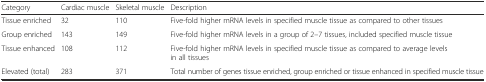
<table><thead><tr><td><b>Category</b></td><td><b>Cardiac muscle</b></td><td><b>Skeletal muscle</b></td><td><b>Description</b></td></tr></thead><tbody><tr><td>Tissue enriched</td><td>32</td><td>110</td><td>Five-fold higher mRNA levels in specified muscle tissue as compared to other tissues</td></tr><tr><td>Group enriched</td><td>143</td><td>149</td><td>Five-fold higher mRNA levels in a group of 2–7 tissues, included specified muscle tissue</td></tr><tr><td>Tissue enhanced</td><td>108</td><td>112</td><td>Five-fold higher mRNA levels in specified muscle tissue as compared to average levels in all tissues</td></tr><tr><td>Elevated (total)</td><td>283</td><td>371</td><td>Total number of genes tissue enriched, group enriched or tissue enhanced in specified muscle tissue</td></tr></tbody></table>